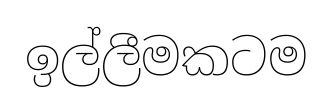
ඉල්ලීමකටම